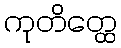
ကုတိတ္ထေ